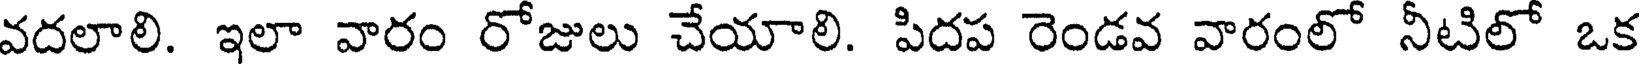
వదలాలి. ఇలా వారం రోజులు చేయాలి. పిదప రెండవ వారంలో నీటిలో ఒక